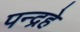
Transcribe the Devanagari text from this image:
पन्द्रहे